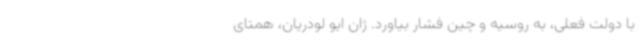
با دولت فعلی، به روسیه و چین فشار بیاورد. ژان ایو لودریان، همتای